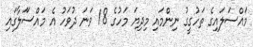
މައްސަލަައިގެ ތަހުގީގު ނިންމައި މިދިޔަ މަހުގެ 18 ވަނަ ދުވަހު އެ މައްސަަލާގައި